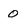
Character: 0